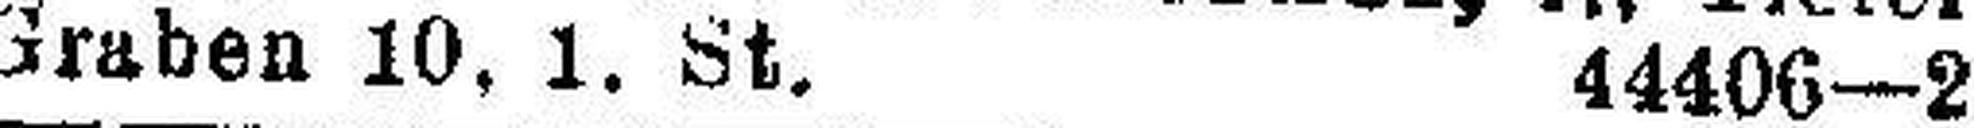
Graben 10. 1. St. 44406—2